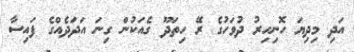
އަދި މިދިޔަ ހޮނިހިރު ދުވަހުގެ ރޭ ހިތަދޫ ގެއަކުން ގިނަ އަދަދެއްގެ ފައިސާ